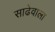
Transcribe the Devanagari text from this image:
साढेवाला